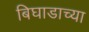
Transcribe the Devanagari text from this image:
बिघाडाच्या